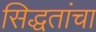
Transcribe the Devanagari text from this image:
सिद्धतांचा